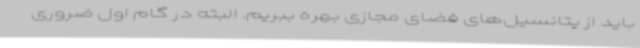
باید از پتانسیل‌های فضای مجازی بهره ببریم. البته در گام اول ضروری